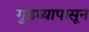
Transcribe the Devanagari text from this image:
गुडघ्यापासून